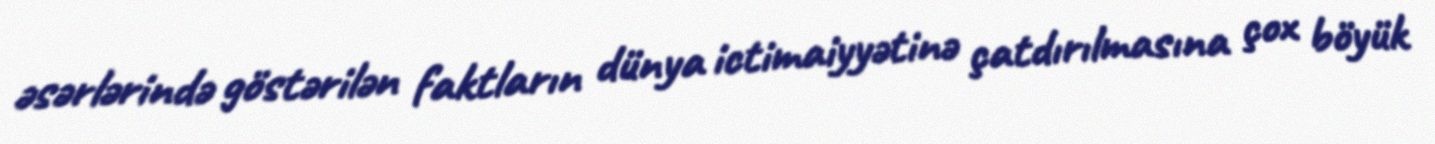
əsərlərində göstərilən faktların dünya ictimaiyyətinə çatdırılmasına çox böyük